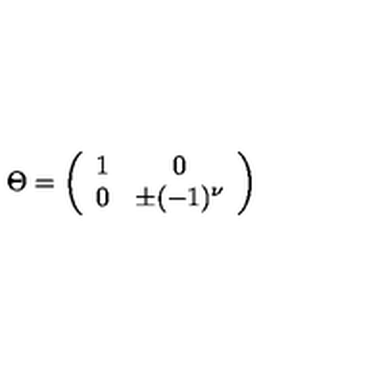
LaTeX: \Theta = \left( \begin{array} { c c } { 1 } & { 0 } \\ { 0 } & { \pm ( - 1 ) ^ { \nu } } \\ \end{array} \right)